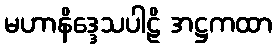
မဟာနိဒ္ဒေသပါဠိ အဋ္ဌကထာ